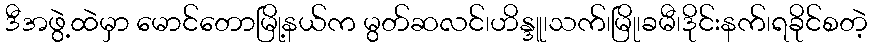
ဒီအဖွဲ့ထဲမှာ မောင်တောမြို့နယ်က မွတ်ဆလင်၊ဟိန္ဒူ၊သက်၊မြို၊ခမီ၊ဒိုင်းနက်၊ရခိုင်စတဲ့